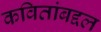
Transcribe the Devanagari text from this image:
कवितांबद्दल